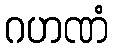
ဂဟဏံ